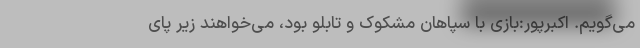
می‌گویم. اکبرپور:بازی با سپاهان مشکوک و تابلو بود، می‌خواهند زیر پای